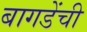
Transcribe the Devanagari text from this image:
बागडेंची